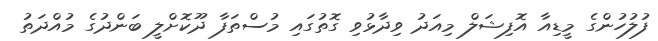
ފުލުހުންގެ މީޑިއާ އޮފިޝަލް މިއަދު ވިދާޅުވި ގޮތުގައި މުސްތަފާ ދޫކޮށްލީ ބަންދުގެ މުއްދަތު